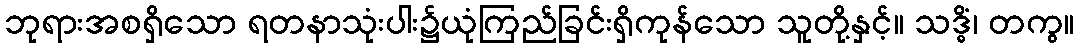
ဘုရားအစရှိသော ရတနာသုံးပါး၌ယုံကြည်ခြင်းရှိကုန်သော သူတို့နှင့်။ သဒ္ဓိံ၊ တကွ။